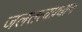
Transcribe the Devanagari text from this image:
जलतत्वप्रधान